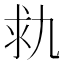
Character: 㐜